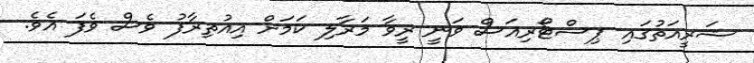
ޝަރީއަތުގައި ޕިސްޓޯރިއަސް ވަނީ ރީވާ މަރާލި ކަމަށް އިއުތިރާފު ވެސް ވެފަ އެވެ.